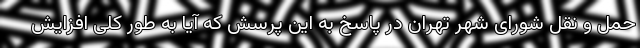
حمل و نقل شورای شهر تهران در پاسخ به این پرسش که آیا به طور کلی افزایش